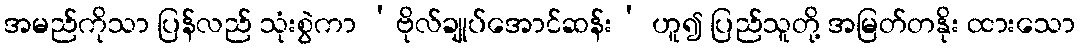
အမည်ကိုသာ ပြန်လည် သုံးစွဲကာ ‘ဗိုလ်ချုပ်အောင်ဆန်း’ ဟူ၍ ပြည်သူတို့ အမြတ်တနိုး ထားသော